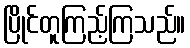
ပြိုင်တူကြည့်ကြသည်။